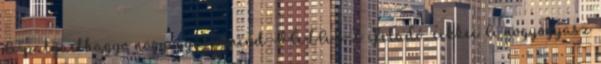
A palyaelhagyo nogyogyasz mind VÁLASZ Feladó: cikkei A nogyogyasz